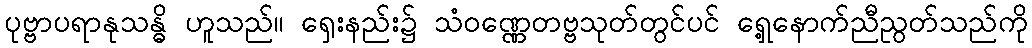
ပုဗ္ဗာပရာနုသန္ဓိ ဟူသည်။ ရှေးနည်း၌ သံဝဏ္ဏေတဗ္ဗသုတ်တွင်ပင် ရှေ့နောက်ညီညွတ်သည်ကို